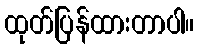
ထုတ်ပြန်ထားတာပါ။